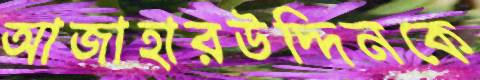
আজাহারউদ্দিনকে